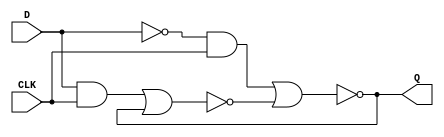
module latchD (
    input D,CLK,
    output Q
);
    wire R,S,Ri,Si,Qa,Qb;
    
    assign S=D;
    assign R=~D;
    assign Ri =R & CLK;
    assign Si =S & CLK;
    assign Qa = ~(Ri | Qb);
    assign Qb = ~(Si | Qa);
    assign Q = Qa;
endmodule